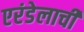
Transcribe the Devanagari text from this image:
एरंडेलाची